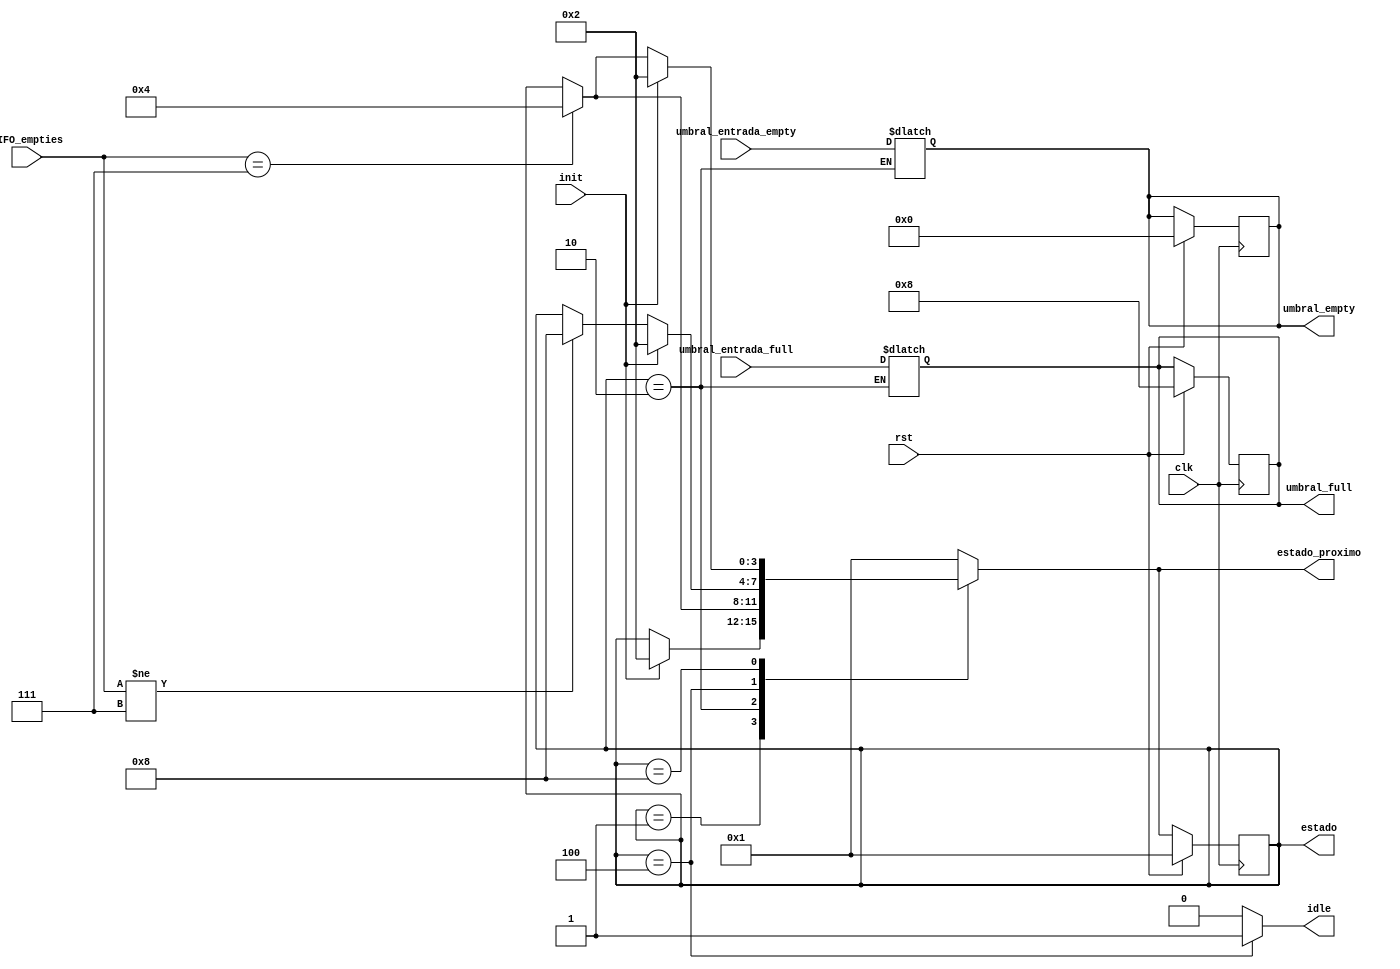
module FSM (input clk,
	    input 	     init,
	    input 	     rst,
	    input [7:0]      FIFO_empties,
	    input [4:0]      umbral_entrada_empty,
	    input [4:0]      umbral_entrada_full,
	    output reg [4:0] umbral_empty,
	    output reg [4:0] umbral_full,
	    output reg [3:0] estado,
	    output reg [3:0] estado_proximo,
	    output reg 	     idle
	    );

   //FIFO_empties tiene en cada bit la salida empty de uno de los FIFOs, esto se necesita hacer en el codigo general

   //reg[3:0] estado, estado_proximo;
   parameter RESET = 1;
   parameter INIT = 2;
   parameter IDLE = 4;
   parameter ACTIVE = 8;

   always @ (posedge clk) begin
      if (rst) begin
	 estado<= RESET;
	 umbral_empty <= 0;
	 umbral_full <= 8;
      end
      else begin
	 estado<= estado_proximo;
      end
   end
   always @ (*) begin

      idle = 0;
      estado_proximo= estado;
      case (estado)

	RESET: begin
	   if (init)
	     estado_proximo= INIT;
	end

	INIT: begin
	   umbral_empty = umbral_entrada_empty;
	   umbral_full = umbral_entrada_full;
	   if (FIFO_empties == 7)
	     estado_proximo= IDLE;
	end

	IDLE: begin
	   idle = 1;

	   if (init)
	     estado_proximo= INIT;


	   else 
	     if (FIFO_empties != 7) 
	       estado_proximo = ACTIVE;

	end

	ACTIVE: begin

	   if (init)
	     estado_proximo= INIT;
	   else 
	     if (FIFO_empties == 7)
	       estado_proximo= IDLE;

	end


	default:
	  estado_proximo= RESET;
      endcase
   end
endmodule // FSM